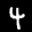
Label: 4